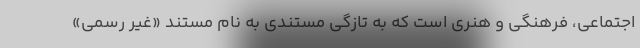
اجتماعی، فرهنگی و هنری است که به تازگی مستندی به نام مستند «غیر رسمی»